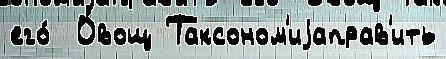
его́  О́вощ Таксоном'иjаправ'ить